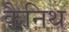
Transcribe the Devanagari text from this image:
कैनिथ